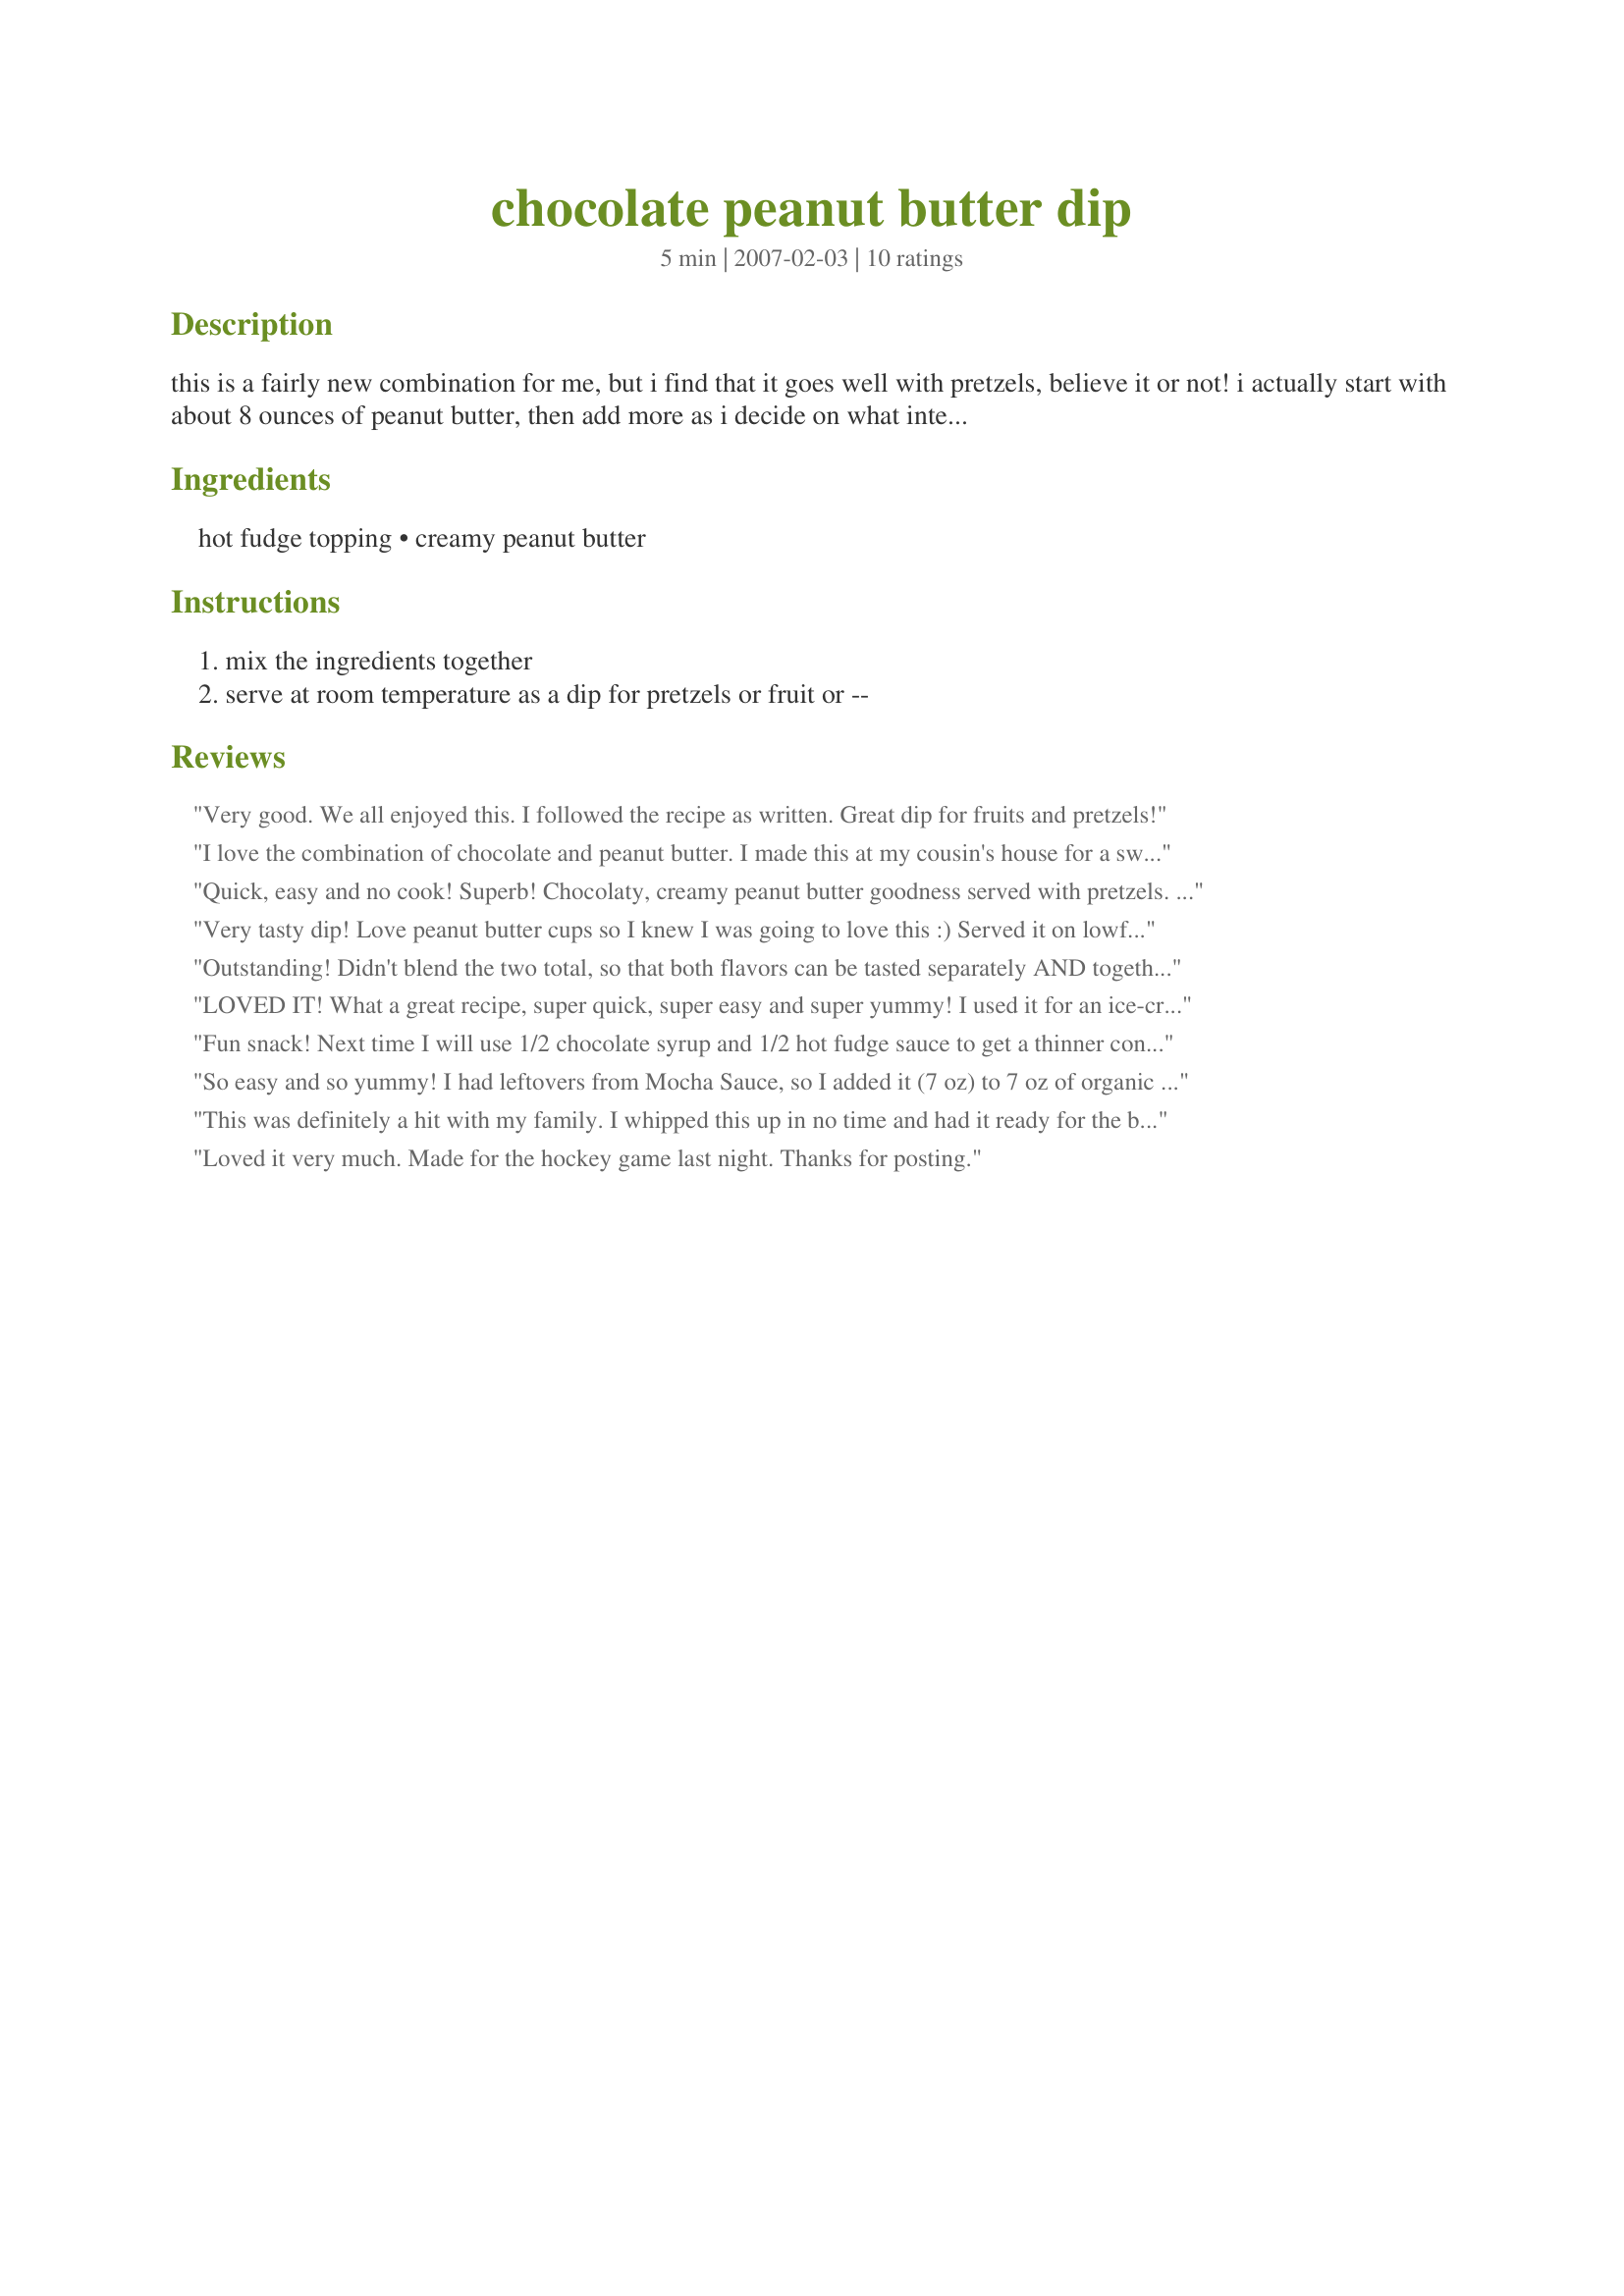
chocolate peanut butter dip
Preparation time: 5 minutes

this is a fairly new combination for me, but i find that it goes well with pretzels, believe it or not! i actually start with about 8 ounces of peanut butter, then add more as i decide on what intensity i want!

Ingredients:
hot fudge topping, creamy peanut butter

Steps:
mix the ingredients together, serve at room temperature as a dip for pretzels or fruit or --

Reviews:
Very good. We all enjoyed this. I followed the recipe as written. Great dip for fruits and pretzels!
I love the combination of chocolate and peanut butter. I made this at my cousin's house for a sweet snack this afternoon. It is very rich! First we ate the dip, warmed in the microwave for about 10-15 seconds, dipping honey and cinnamon grahams in it. Then we decided to put a couple of tablespoons of dip in the bottom of a bowl, warm it up in the microwave for 10-15 seconds, top it with a big scoop of vanilla ice cream and sprinkle bits of the graham snacks on top. Yummy! Thanks for a great snack, Sydney Mike.
Quick, easy and no cook! Superb! Chocolaty, creamy peanut butter goodness served with pretzels. Thanks!
Very tasty dip! Love peanut butter cups so I knew I was going to love this :) Served it on lowfat triscuits; I think it would be great on toasted wheat bread with bananas too. Thanks for sharing the recipe!
Outstanding! Didn't blend the two total, so that both flavors can be tasted separately AND together. Served as a topping for Recipe #215571 Coconut Pie.See photo. Thanks for posting this addictive mixture. Caroline
LOVED IT! What a great recipe, super quick, super easy and super yummy! I used it for an ice-cream sundae without the ice cream :lol: In other words, I sprinkled chopped peanuts on top of the dip and we dipped banana pieces in it. Thanks for a great idea Sydney Mike! Made for Please Review Tag game, please see my rating system.
Fun snack! Next time I will use 1/2 chocolate syrup and 1/2 hot fudge sauce to get a thinner consistency for dipping. Went wonderfully with pretzels and with strawberries!!! Made for BEVY TAG Aug 2008. THANKS
So easy and so yummy! I had leftovers from Mocha Sauce, so I added it (7 oz) to 7 oz of organic PB and mixed it. I warmed it a bit at 50% power to make it easier to mix. Served with apple slices and graham crackers. Would taste great over ice cream too.
This was definitely a hit with my family. I whipped this up in no time and had it ready for the boys on Movie night. I served it with pretzels and animal crackers. It's such an easy thing to do, I loved it myself. Thanks for sharing another great recipe. ~V
Loved it very much. Made for the hockey game last night. Thanks for posting.
